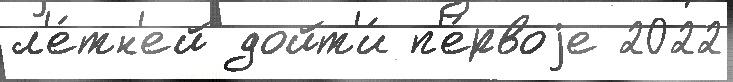
л'е́тн'ей дойт'и́ п'е́рвоjе 2022